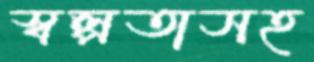
স্বল্পতাসহ